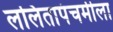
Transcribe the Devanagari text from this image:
ललितापंचमीला